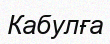
Кабулға